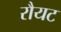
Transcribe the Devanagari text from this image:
रौयट